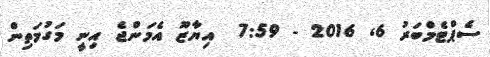
ސެޕްޓެމްބަރު 6